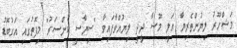
މަޝްހޫރު ލިޔުންތެރިޔާ ޢަލީ މޫސާ ދީދީ ލިޔުއްވާފައިވާ "ސިޔާސީ ކެންސަރު" މިފޮތުގައި އަގުބޮޑު